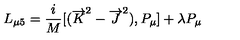
L _ { \mu 5 } = \frac { i } { M } [ ( { \overrightarrow { K } } ^ { 2 } - { \overrightarrow { J } } ^ { 2 } ) , P _ { \mu } ] + \lambda P _ { \mu }